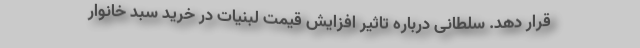
قرار دهد. سلطانی درباره تاثیر افزایش قیمت لبنیات در خرید سبد خانوار